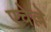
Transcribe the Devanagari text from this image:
एचेल्ले